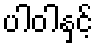
ပါဝါနှင့်